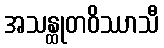
အသန္ထုတဝိဿာသီ